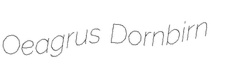
Oeagrus Dornbirn